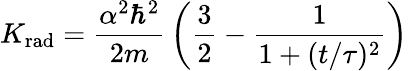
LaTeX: K_{\mathrm{rad}}={\frac{\alpha^{2}\hbar^{2}}{2m}}\left({\frac{3}{2}}-{\frac{1}{1+(t/\tau)^{2}}}\right)